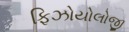
ફિઝોયોલોજી